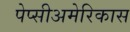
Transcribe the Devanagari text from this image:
पेप्सीअमेरिकास